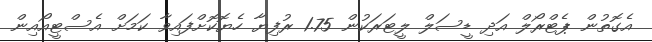
އެގޮތުން ޕެޓްރޯލް އަދި ޑީސަލް ލީޓަރަކުން 1.75 ރުފިޔާ ހެޔޮކޮށްފައިވާ ކަމަށް އެސްޓީއޯއިން